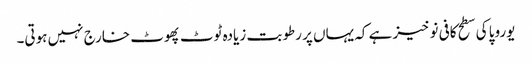
یوروپا کی سطح کافی نوخیز ہے کہ یہاں پر رطوبت زیادہ ٹوٹ پھوٹ خارج نہیں ہوتی۔